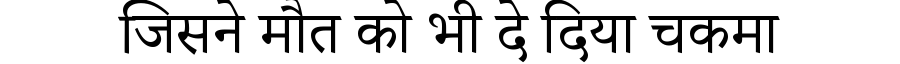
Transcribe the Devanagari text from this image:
जिसने मौत को भी दे दिया चकमा